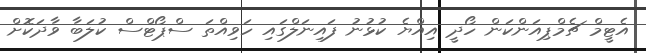
އެޓީމް ޗެމްޕިއަންކަން ހޯދީ އިއްޔެ ކުޅުނު ފައިނަލްގައި ހަވިއްތަ ސްޕޯޓްސް ކުލަބާ ވާދަކޮށް